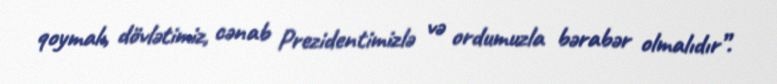
qoymalı, dövlətimiz, cənab Prezidentimizlə və ordumuzla bərabər olmalıdır”.